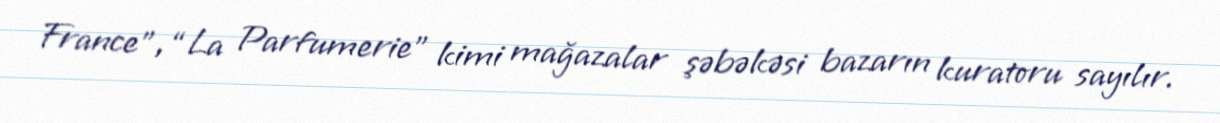
France”, “La Parfumerie” kimi mağazalar şəbəkəsi bazarın kuratoru sayılır.